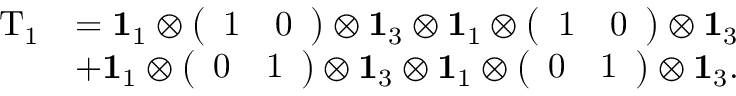
\begin{array} { r l } { \mathrm { T } _ { 1 } } & { = \mathbf { 1 } _ { 1 } \otimes \left( \begin{array} { l l } { 1 } & { 0 } \end{array} \right) \otimes \mathbf { 1 } _ { 3 } \otimes \mathbf { 1 } _ { 1 } \otimes \left( \begin{array} { l l } { 1 } & { 0 } \end{array} \right) \otimes \mathbf { 1 } _ { 3 } } \\ & { + \mathbf { 1 } _ { 1 } \otimes \left( \begin{array} { l l } { 0 } & { 1 } \end{array} \right) \otimes \mathbf { 1 } _ { 3 } \otimes \mathbf { 1 } _ { 1 } \otimes \left( \begin{array} { l l } { 0 } & { 1 } \end{array} \right) \otimes \mathbf { 1 } _ { 3 } . } \end{array}